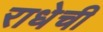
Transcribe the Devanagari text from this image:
राधेची